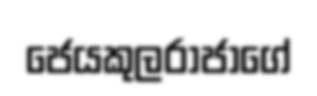
ජෙයකුලරාජාගේ